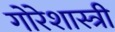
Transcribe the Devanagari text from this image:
गोरेशास्त्री